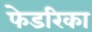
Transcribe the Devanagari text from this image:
फेडरिका